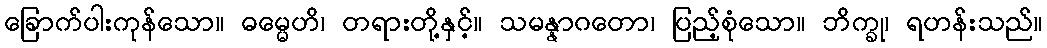
ခြောက်ပါးကုန်သော။ ဓမ္မေဟိ၊ တရားတို့နှင့်။ သမန္နာဂတော၊ ပြည့်စုံသော။ ဘိက္ခု၊ ရဟန်းသည်။